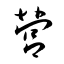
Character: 営